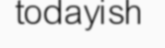
todayish